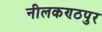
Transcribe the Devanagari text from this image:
नीलकण्ठपुर